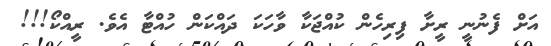
އަށް ފެނުނީ ރީށާ ފިރިހެން ކުއްޖަކާ ވާހަކަ ދައްކަން ހުއްޓާ އެވެ. ރީއްކޯ!!!